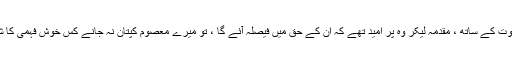
حالاں کہ ناکافی ثبوت کے ساتھ ، مقدمہ لیکر وہ پر امید تھے کہ ان کے حق میں فیصلہ آئے گا ، تو میرے معصوم کپتان نہ جانے کس خوش فہمی کا شکار ہوگئے تھے ۔